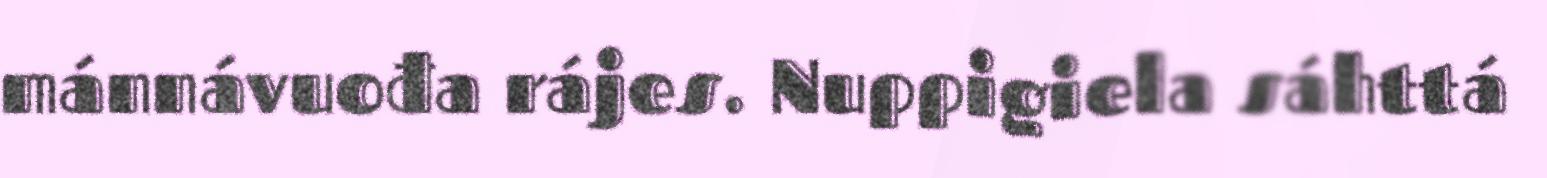
mánnávuođa rájes. Nuppigiela sáhttá